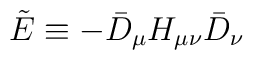
\tilde{E}\equiv-\bar{D}_\mu H_{\mu\nu}\bar{D}_\nu